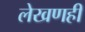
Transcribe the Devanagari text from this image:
लेखणही